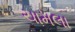
ચામલા